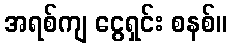
အရစ်ကျ ငွေရှင်း စနစ်။